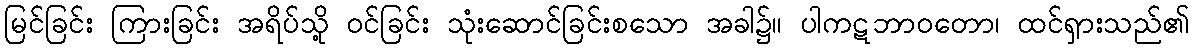
မြင်ခြင်း ကြားခြင်း အရိပ်သို့ ဝင်ခြင်း သုံးဆောင်ခြင်းစသော အခါ၌။ ပါကဋဘာဝတော၊ ထင်ရှားသည်၏